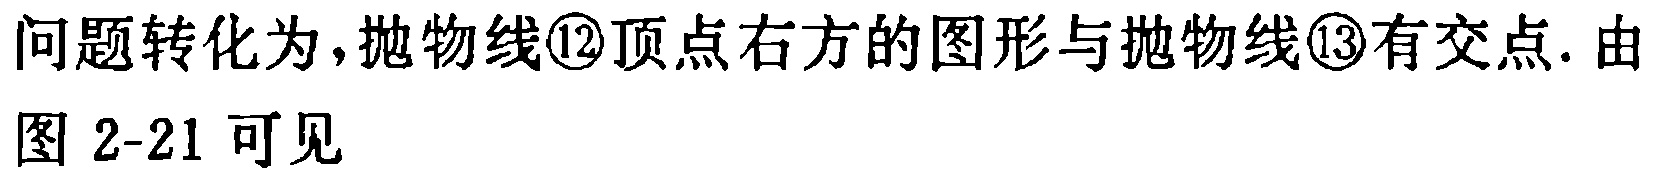
问题转化为,抛物线\textcircled{12}顶点右方的图形与抛物线\textcircled{13}有交点. 由图 2-21 可见